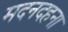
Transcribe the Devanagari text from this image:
मदनदहना